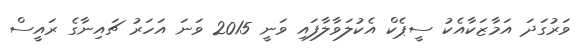
ވަރުގަދަ އަމާޒަކާއެކު ސީޕެކް އެކުލަވާލާފައި ވަނީ 2015 ވަނަ އަހަރު ޗައިނާގެ ރައީސް